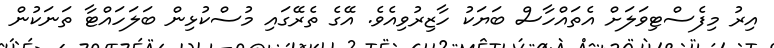
އިރު މިފެސްޓިވަލަށް އެތައްހާސް ބަޔަކު ހާޒިރުވިއެވެ. އޭގެ ތެރޭގައި މުސްކުޅިން ބަލަހައްޓާ ތަނަކުން